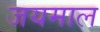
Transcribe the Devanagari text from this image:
जयमाल